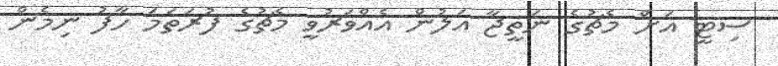
ސިޓީ އަށް މެޗުގެ ނަތީޖާ އަލުން އެއްވަރުވީ މެޗުގެ ފުރަތަމަ ހާފު ނިމެން